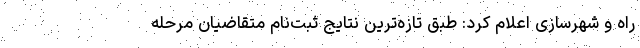
راه و شهرسازی اعلام کرد: طبق تازه‌ترین نتایج ثبت‌نام متقاضیان مرحله